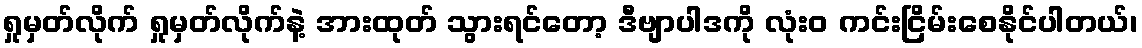
ရှုမှတ်လိုက် ရှုမှတ်လိုက်နဲ့ အားထုတ် သွားရင်တော့ ဒီဗျာပါဒကို လုံးဝ ကင်းငြိမ်းစေနိုင်ပါတယ်၊